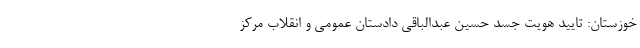
خوزستان: تایید هویت جسد حسین عبدالباقی دادستان عمومی و انقلاب مرکز